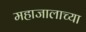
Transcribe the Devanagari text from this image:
महाजालाच्या